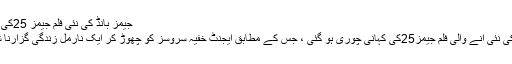
جیمز بانڈ کی نئی فلم جیمز 25کی کہانی چرا لی گئی
جیمز بانڈ سیریز کی نئی آنے والی فلم جیمز25کی کہانی چوری ہو گئی ، جس کے مطابق ایجنٹ خفیہ سروسز کو چھوڑ کر ایک نارمل زندگی گزارنا شروع کر دیتا ہے۔